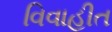
વિવાહીત